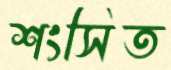
শংসিত